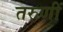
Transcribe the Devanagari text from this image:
तरुणीं